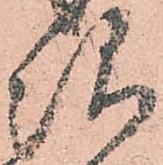
次